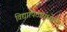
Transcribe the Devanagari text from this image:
विद्यापिठामध्येही